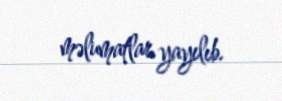
məlumatlar yayılıb.